Annual vaccination report of Bihar and Orissa - 1911-1928
Year: 1911
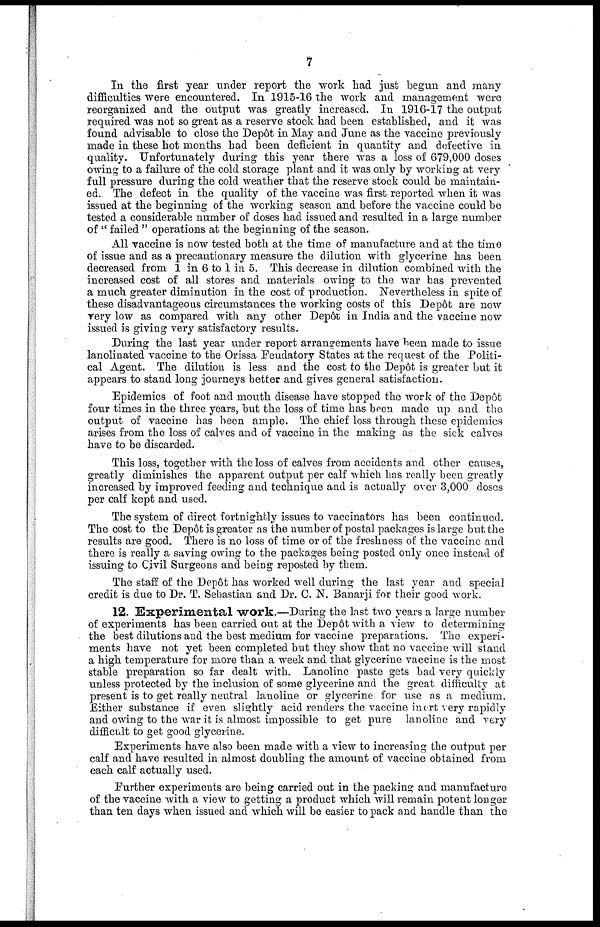
7
In the first year under report the work had just begun and many
difficulties were encountered. In 1915-16 the work and management were
reorganized and the output was greatly increased. In 1916-17 the output
required was not so great as a reserve stock had been established, and it was
found advisable to close the Depôt in May and June as the vaccine previously
made in these hot months had been deficient in quantity and defective in
quality. Unfortunately during this year there was a loss of 679,000 doses
owing to a failure of the cold storage plant and it was only by working at very
full pressure during the cold weather that the reserve stock could be maintain-
ed. The defect in the quality of the vaccine was first reported when it was
issued at the beginning of the working season and before the vaccine could be
tested a considerable number of doses had issued and resulted in a large number
of " failed " operations at the beginning of the season.
All vaccine is now tested both at the time of manufacture and at the time
of issue and as a precautionary measure the dilution with glycerine has been
decreased from 1 in 6 to 1 in 5. This decrease in dilution combined with the
increased cost of all stores and materials owing to the war has prevented
a much greater diminution in the cost of production. Nevertheless in spite of
these disadvantageous circumstances the working costs of this Depôt are now
very low as compared with any other Depôt in India and the vaccine now
issued is giving very satisfactory results.
During the last year under report arrangements have been made to issue
lanolinated vaccine to the Orissa Feudatory States at the request of the Politi-
cal Agent. The dilution is less and the cost to the Depôt is greater but it
appears to stand long journeys better and gives general satisfaction.
Epidemics of foot and mouth disease have stopped the work of the Depôt
four times in the three years, but the loss of time has been made up and the
output of vaccine has been ample. The chief loss through these epidemics
arises from the loss of calves and of vaccine in the making as the sick calves
have to be discarded.
This loss, together with the loss of calves from accidents and other causes,
greatly diminishes the apparent output per calf which has really been greatly
increased by improved feeding and technique and is actually over 3,000 doses
per calf kept and used.
The system of direct fortnightly issues to vaccinators has been continued.
The cost to the Depôt is greater as the number of postal packages is large but the
results are good. There is no loss of time or of the freshness of the vaccine and
there is really a saving owing to the packages being posted only once instead of
issuing to Civil Surgeons and being reposted by them.
The staff of the Depôt has worked well during the last year and special
credit is due to Dr. T. Sebastian and Dr. C. N. Banarji for their good work.
12. Experimental work.—During the last two years a large number
of experiments has been carried out at the Depôt with a view to determining
the best dilutions and the best medium for vaccine preparations. The experi-
ments have not yet been completed but they show that no vaccine will stand
a high temperature for more than a week and that glycerine vaccine is the most
stable preparation so far dealt with. Lanoline paste gets bad very quickly
unless protected by the inclusion of some glycerine and the great difficulty at
present is to get really neutral lanoline or glycerine for use as a medium.
Either substance if even slightly acid renders the vaccine inert very rapidly
and owing to the war it is almost impossible to get pure lanoline and very
difficult to get good glycerine.
Experiments have also been made with a view to increasing the output per
calf and have resulted in almost doubling the amount of vaccine obtained from
each calf actually used.
Further experiments are being carried out in the packing and manufacture
of the vaccine with a view to getting a product which will remain potent longer
than ten days when issued and which will be easier to pack and handle than the